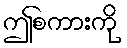
ဤစကားကို